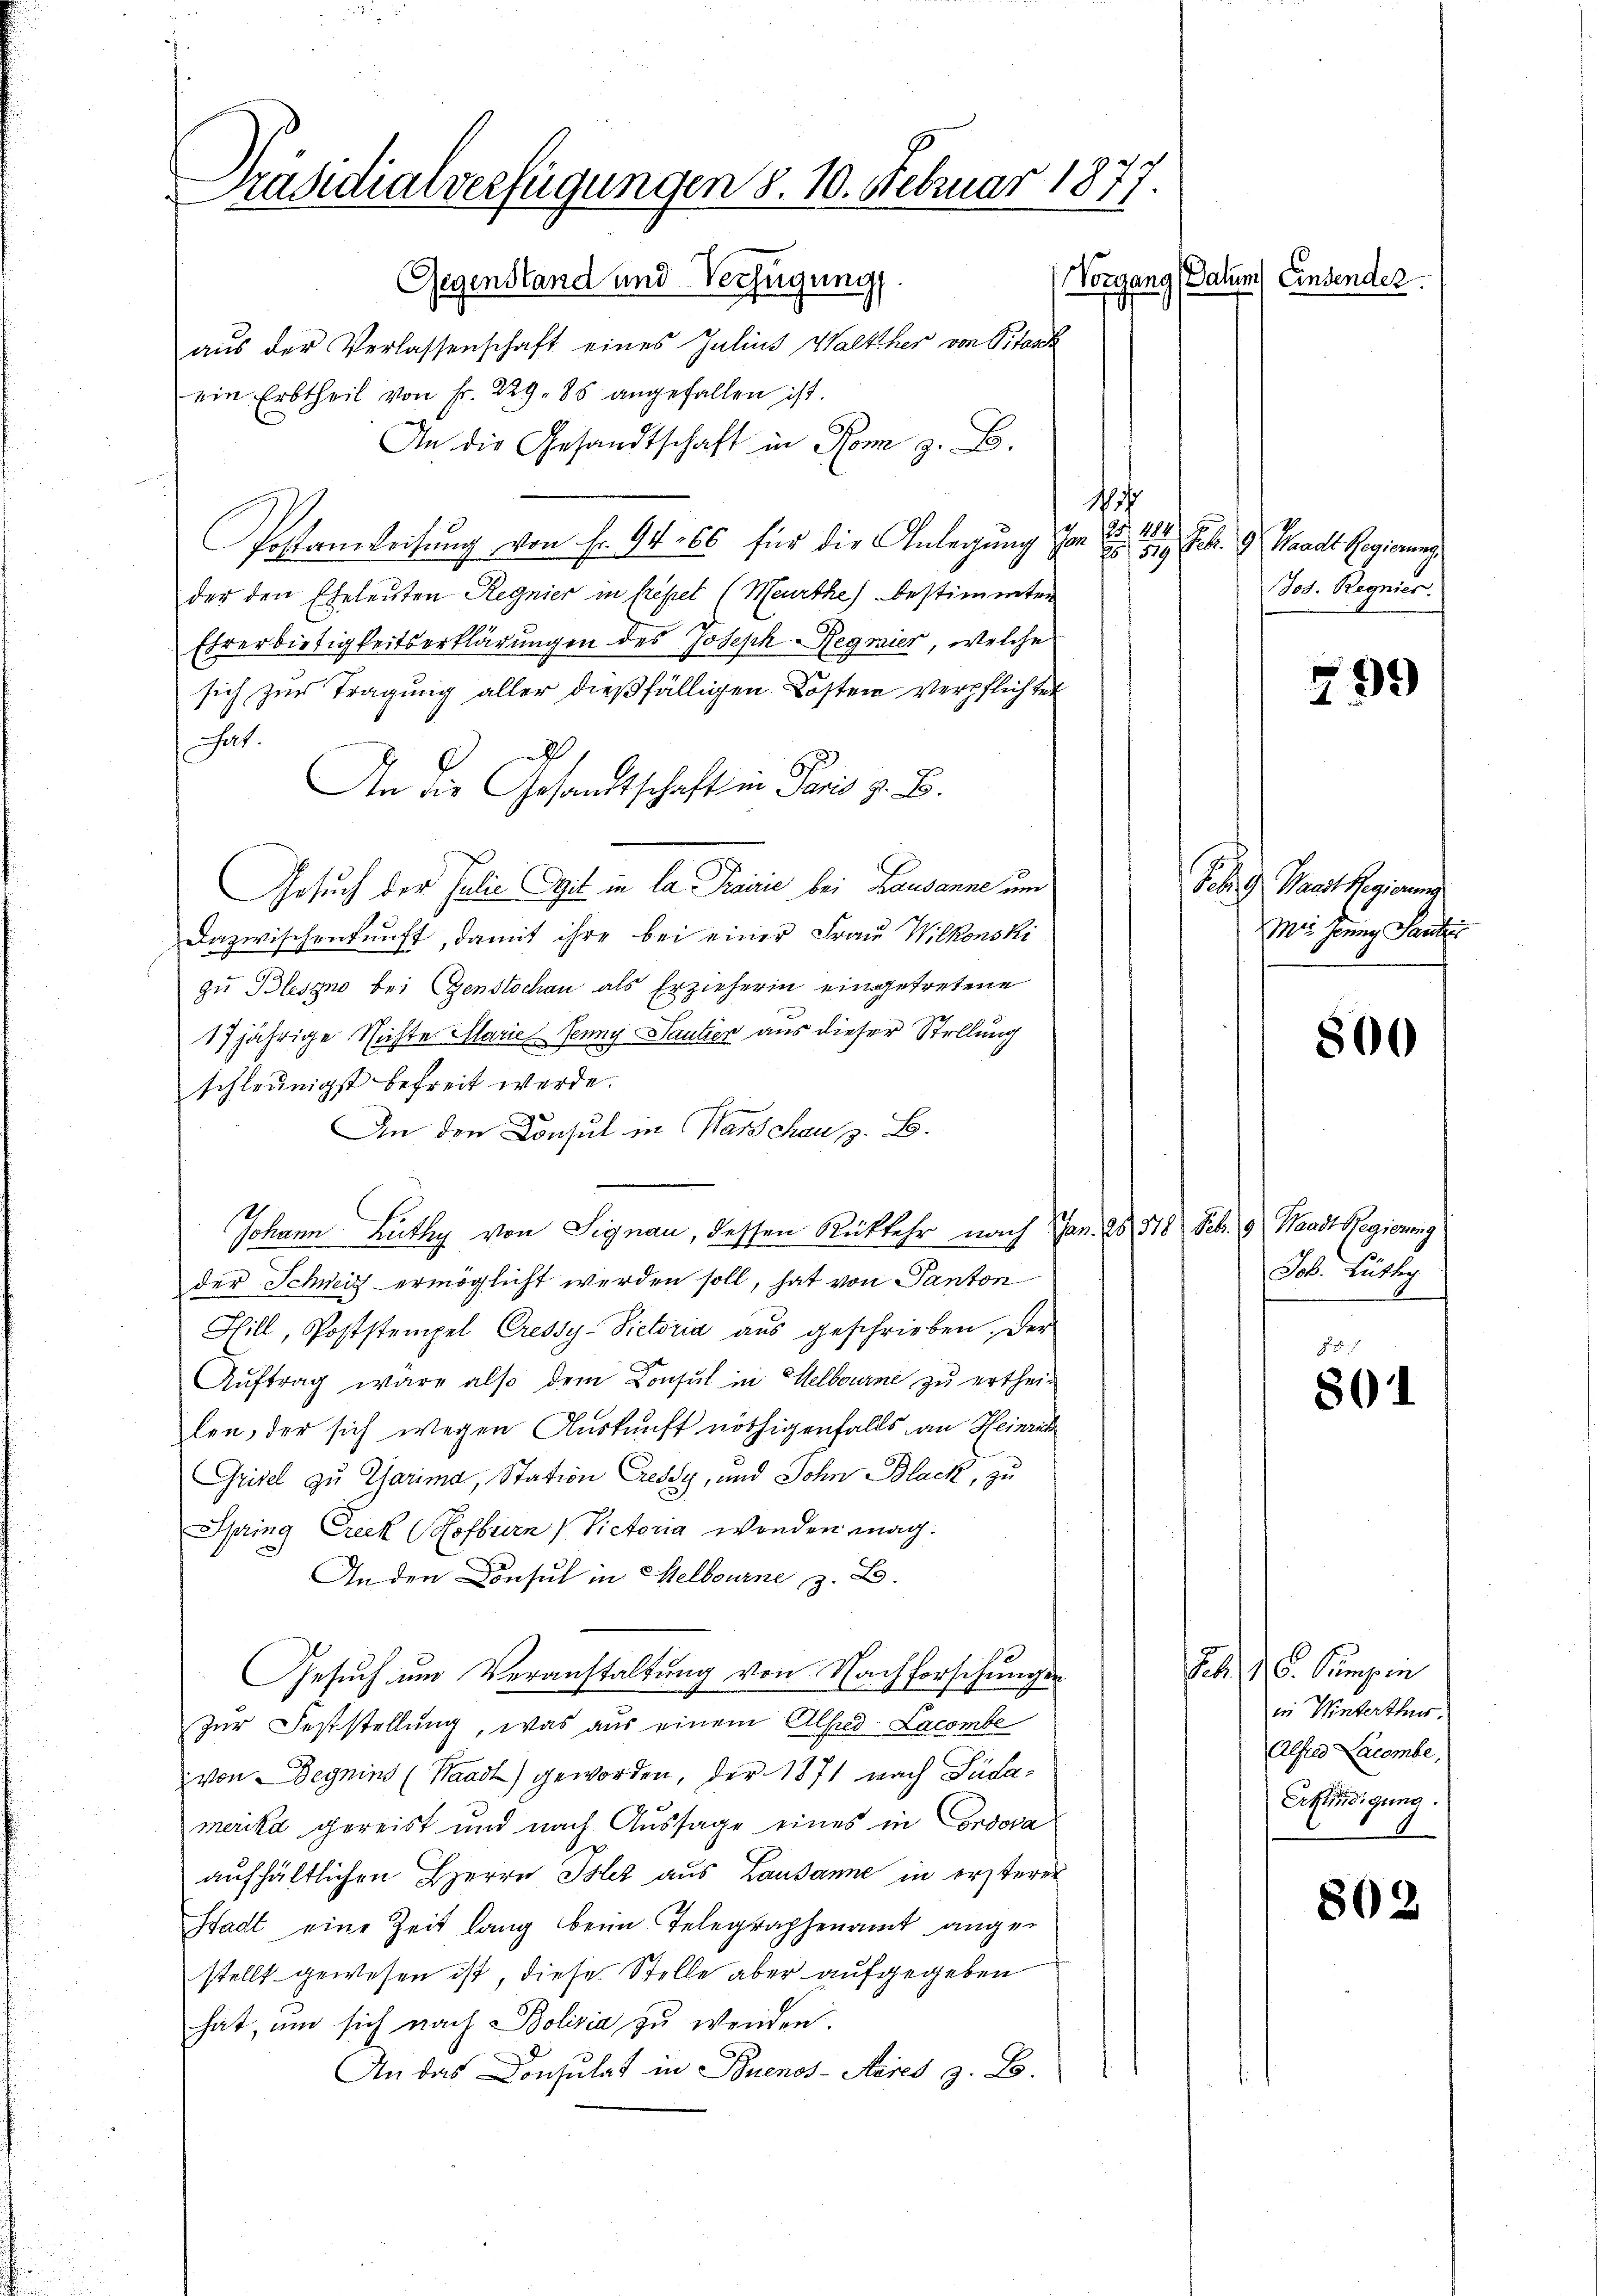
Präsidialverfügungen d. 10. Februar 1877.
Vorgang (Datum) Einsender
Gegenstand und Verfügung.

aus der Verlassenschaft eines Julius Walther von Pitasch
ein Erbtheil von Fr. 229. 85 angefallen ist.
An die Gesandtschaft in Rom z. B.
15
f 184
Postanweisung von Fr. 94. 66 für die Anlegung von der an Frk. 9 Waadt Regierung
der den Eheleuten Regnier in Repet (Meurthe bestimmten
Ehrerbietigkeitserklärungen des Joseph Regnier, welche
sich zur Tragung aller dießfälligen Kosten Verpflichtet
Gat.
9
An die Gesandtschaft in Paris z. B.
Gesuch der Julie Gagit in la Prović bei Lausanne um
Dazwischenkunft, damit ihre bei einer Frau Wilkonski
zu Bleszno bei Genstochen als Erzieherin eingetretene
17jährige Nichte Marie Jenny Santier aus dieser Stellung
schleunigst befreit werde.
An den Consul in Warschau, z. B.
Johann Lüthy von Signau, dessen Rückkehr nach Jan. 28. 518 Feb. 9 Waadt Regierung
der Schweiz ermöglicht werden soll, hat von Panton
Fill, Poststempel Cressy-Sictoria aŭs geschrieben. Der
Auftrag wäre also dem Consul in Melbourne zu erthei-
len, der sich wegen Auskunft nöthigenfalls an Heinrich
Grisel zu Charina, Station Cressy, und Sohn Black, zu
Spring Creck (Hofburn, Victoria wenden mag.
An den Consul in Melbourne z. B.
Gesuch um Veranstaltung von Nachforschungs
zur Feststellung, was aus einem Alfred Lacombe
von Segnins (Waadt) geworden, der 1871 nach Südamerika gereist und nach Aussage eines in ordova
aufhältlichen Herrn Isler aus Lausanne in ersterer
Stadt eine Zeit lang beim Telegraphenamt ange-
stellt gewesen ist, diese Stelle aber aufgegeben
hat, um sich nach Polizia zu wenden.
An das Consulat in Buenos-Ayres z. B.

Jos. Regnier.

799

Febr. 9 Waadt Regierung
Wir sonnig Sauten

800

Job. Lüthy

801

Febr. 16. Pumpen
in Winterthur.
Alfred Lacombe,
Erkündigung.

802